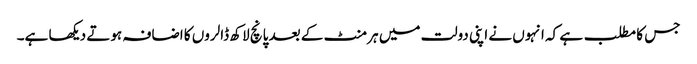
جس کا مطلب ہے کہ انہوں نے اپنی دولت میں ہر منٹ کے بعد پانچ لاکھ ڈالروں کا اضافہ ہوتے دیکھا ہے۔